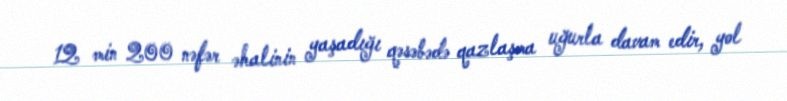
12 min 200 nəfər əhalinin yaşadığı qəsəbədə qazlaşma uğurla davam edir, yol